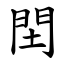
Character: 䦌